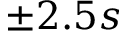
\pm 2 . 5 s